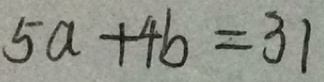
5 a + 4 b = 3 1